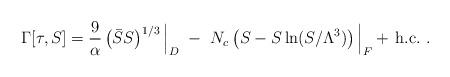
LaTeX: \begin{align*}\Gamma[\tau,S] = {9 \over \alpha} \left( \bar S S \right)^{1/3}\Big|_D ~-~ N_c \left( S - S\ln (S/ \Lambda^3) \right)\Big|_F+ \, \mbox{h.c.}~.\end{align*}